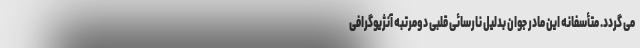
می گردد. متأسفانه این مادر جوان بدلیل نارسائی قلبی دومرتبه آنژیوگرافی